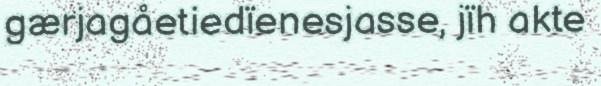
gærjagåetiedïenesjasse, jïh akte